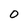
Character: 0